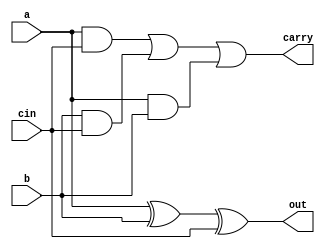
module full_adder(a,b,cin,out,carry);
input a,b,cin;
output out,carry;

reg out,carry;
reg t1,t2,t3;

always@
          (a or b or cin)begin
          out   =    a^b^cin;
          t1    =    a&cin;
          t2    =    b&cin;
          t3    =    a&b;
          carry =    t1|t2|t3;
          end
endmodule